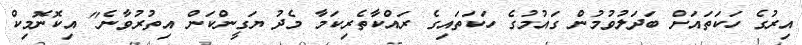
އިރުގެ ހަކަތައަށް ބަދަލުވުމުން ގައުމުގެ ހަކަތައިގެ ރައްކާތެރިކަމާ މެދު ޔަގީންކަން އިތުރުވާނެ" އިކޮނޮމިކް